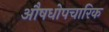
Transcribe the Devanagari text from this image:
औषधोपचारिक